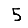
Digit: 5